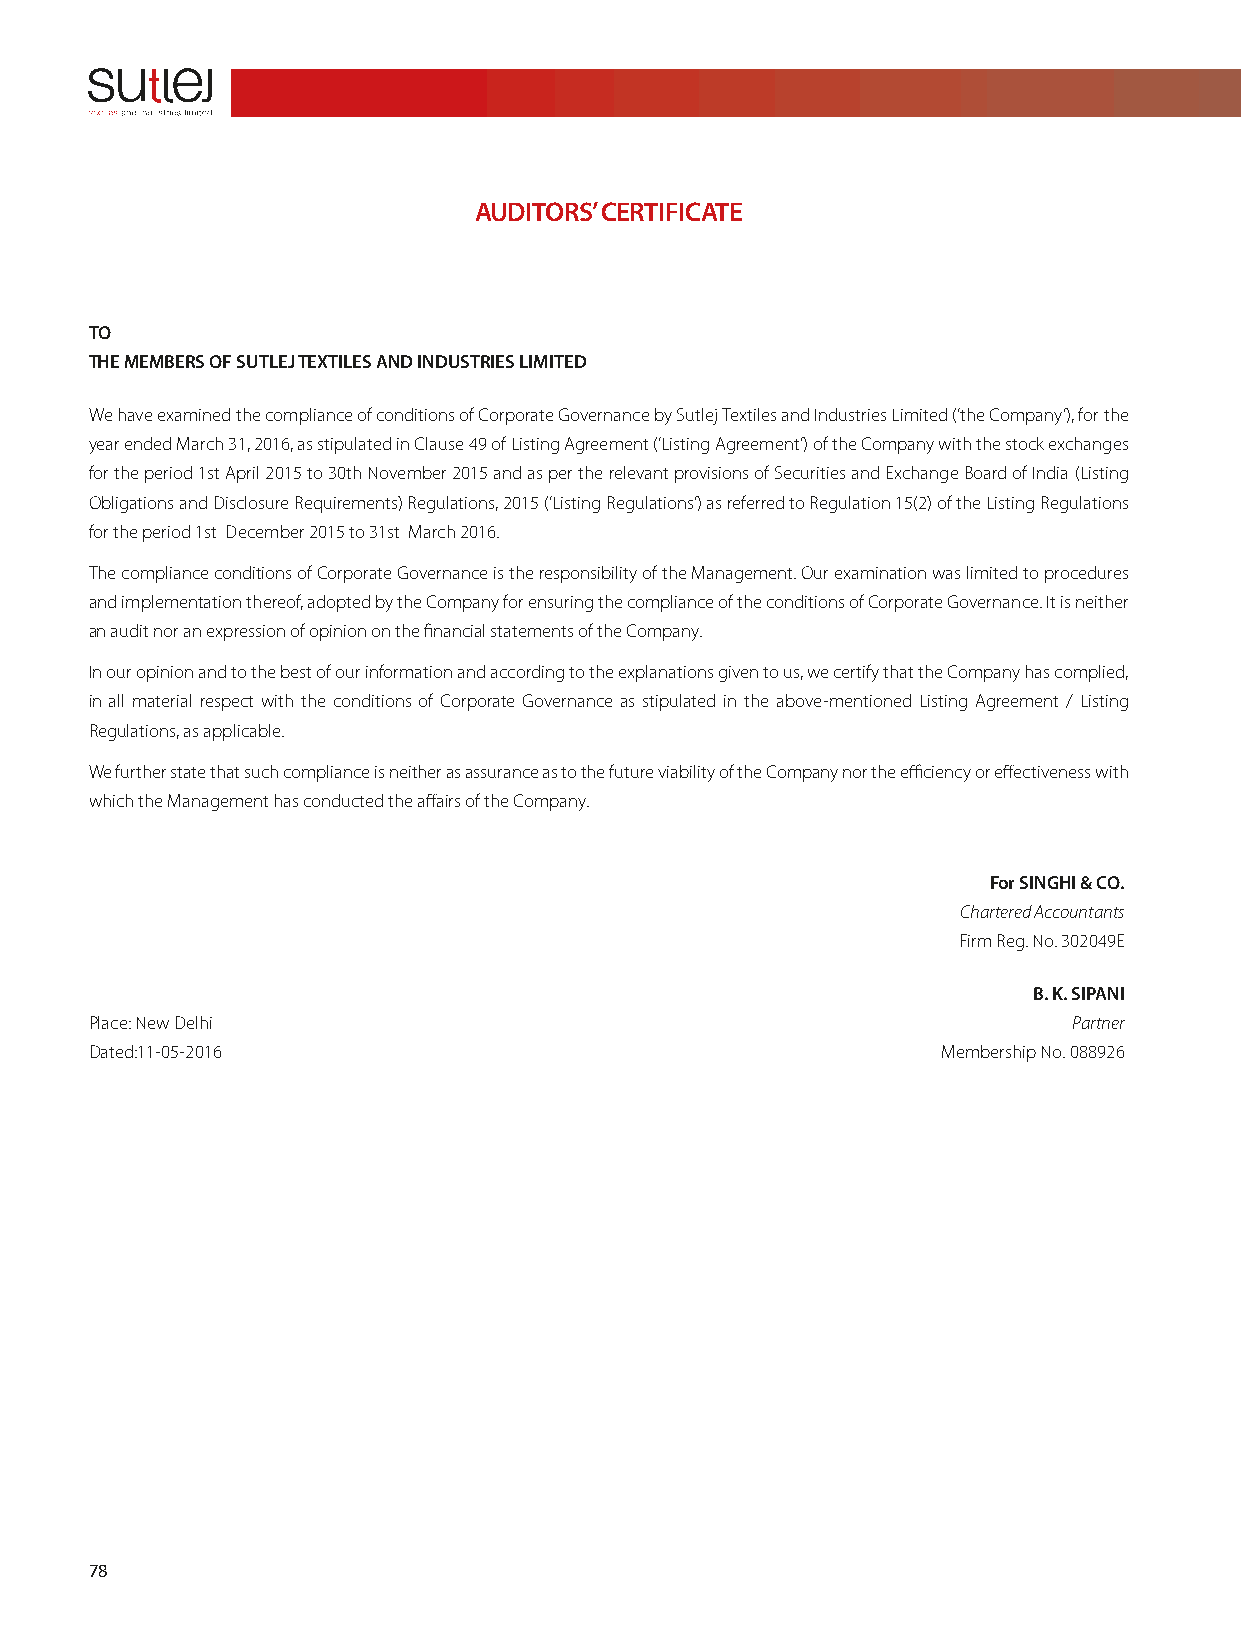
AUDITORS’ CERTIFICATE
 TO
 THE MEMBERS OF SUTLEJ TEXTILES AND INDUSTRIES LIMITED
 We have examined the compliance of conditions of Corporate Governance by Sutlej Textiles and Industries Limited (‘the Company’), for the
 year ended March 31, 2016, as stipulated in Clause 49 of Listing Agreement (‘Listing Agreement’) of the Company with the stock exchanges
 for the period 1st April 2015 to 30th November 2015 and as per the relevant provisions of Securities and Exchange Board of India (Listing
 Obligations and Disclosure Requirements) Regulations, 2015 (‘Listing Regulations’) as referred to Regulation 15(2) of the Listing Regulations
 for the period 1st December 2015 to 31st March 2016.
 The compliance conditions of Corporate Governance is the responsibility of the Management. Our examination was limited to procedures
 and implementation thereof, adopted by the Company for ensuring the compliance of the conditions of Corporate Governance. It is neither
 an audit nor an expression of opinion on the financial statements of the Company.
 In our opinion and to the best of our information and according to the explanations given to us, we certify that the Company has complied,
 in all material respect with the conditions of Corporate Governance as stipulated in the above-mentioned Listing Agreement / Listing
 Regulations, as applicable.
 We further state that such compliance is neither as assurance as to the future viability of the Company nor the efficiency or effectiveness with
 which the Management has conducted the affairs of the Company.
 For SINGHI & CO.
 Chartered Accountants
 Firm Reg. No. 302049E
 B. K. SIPANI
 Place: New Delhi                                                 Partner
 Dated:11-05-2016                                        Membership No. 088926
 78